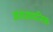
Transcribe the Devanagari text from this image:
अरासायनिक